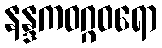
နန္ဒကဝဂ္ဂဝရော